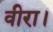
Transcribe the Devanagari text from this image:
वीरा।